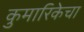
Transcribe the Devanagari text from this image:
कुमारिकेचा